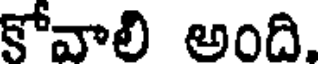
కోవాలి అంది.